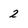
Character: 2